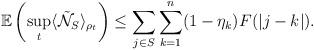
LaTeX: \begin{align*} \mathbb{E}\left(\sup_t\langle \tilde{\mathcal{N}}_{S} \rangle_{\rho_t}\right)\leq \sum_{j\in S} \sum_{k=1}^n (1-\eta_k) F(|j-k|).\end{align*}